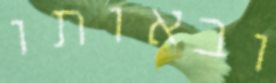
ובאותו